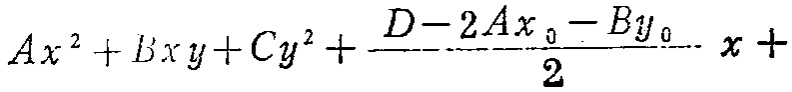
$Ax^{2}+Bxy + Cy^{2}+\frac{D - 2Ax_{0}-By_{0}}{2}x +$